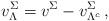
LaTeX: \begin{align*}v^{\Sigma}_{\Lambda} = v^{\Sigma} - v^{\Sigma}_{\Lambda^c} \, ,\end{align*}